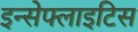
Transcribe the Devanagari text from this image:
इन्सेफ्लाइटिस